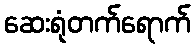
ဆေးရုံတက်ရောက်